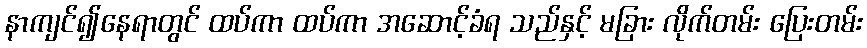
နာကျင်၍နေရာတွင် ထပ်ကာ ထပ်ကာ အဆောင့်ခံရ သည်နှင့် မခြား လိုက်တမ်း ပြေးတမ်း